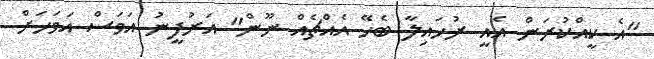
"އެ ކީއްކުރަން އެއީ ރުހައިލާ ބެހޭ އެއްޗެއް ނޫން" އަރުފީނު އަވަސް އަވަހަށް